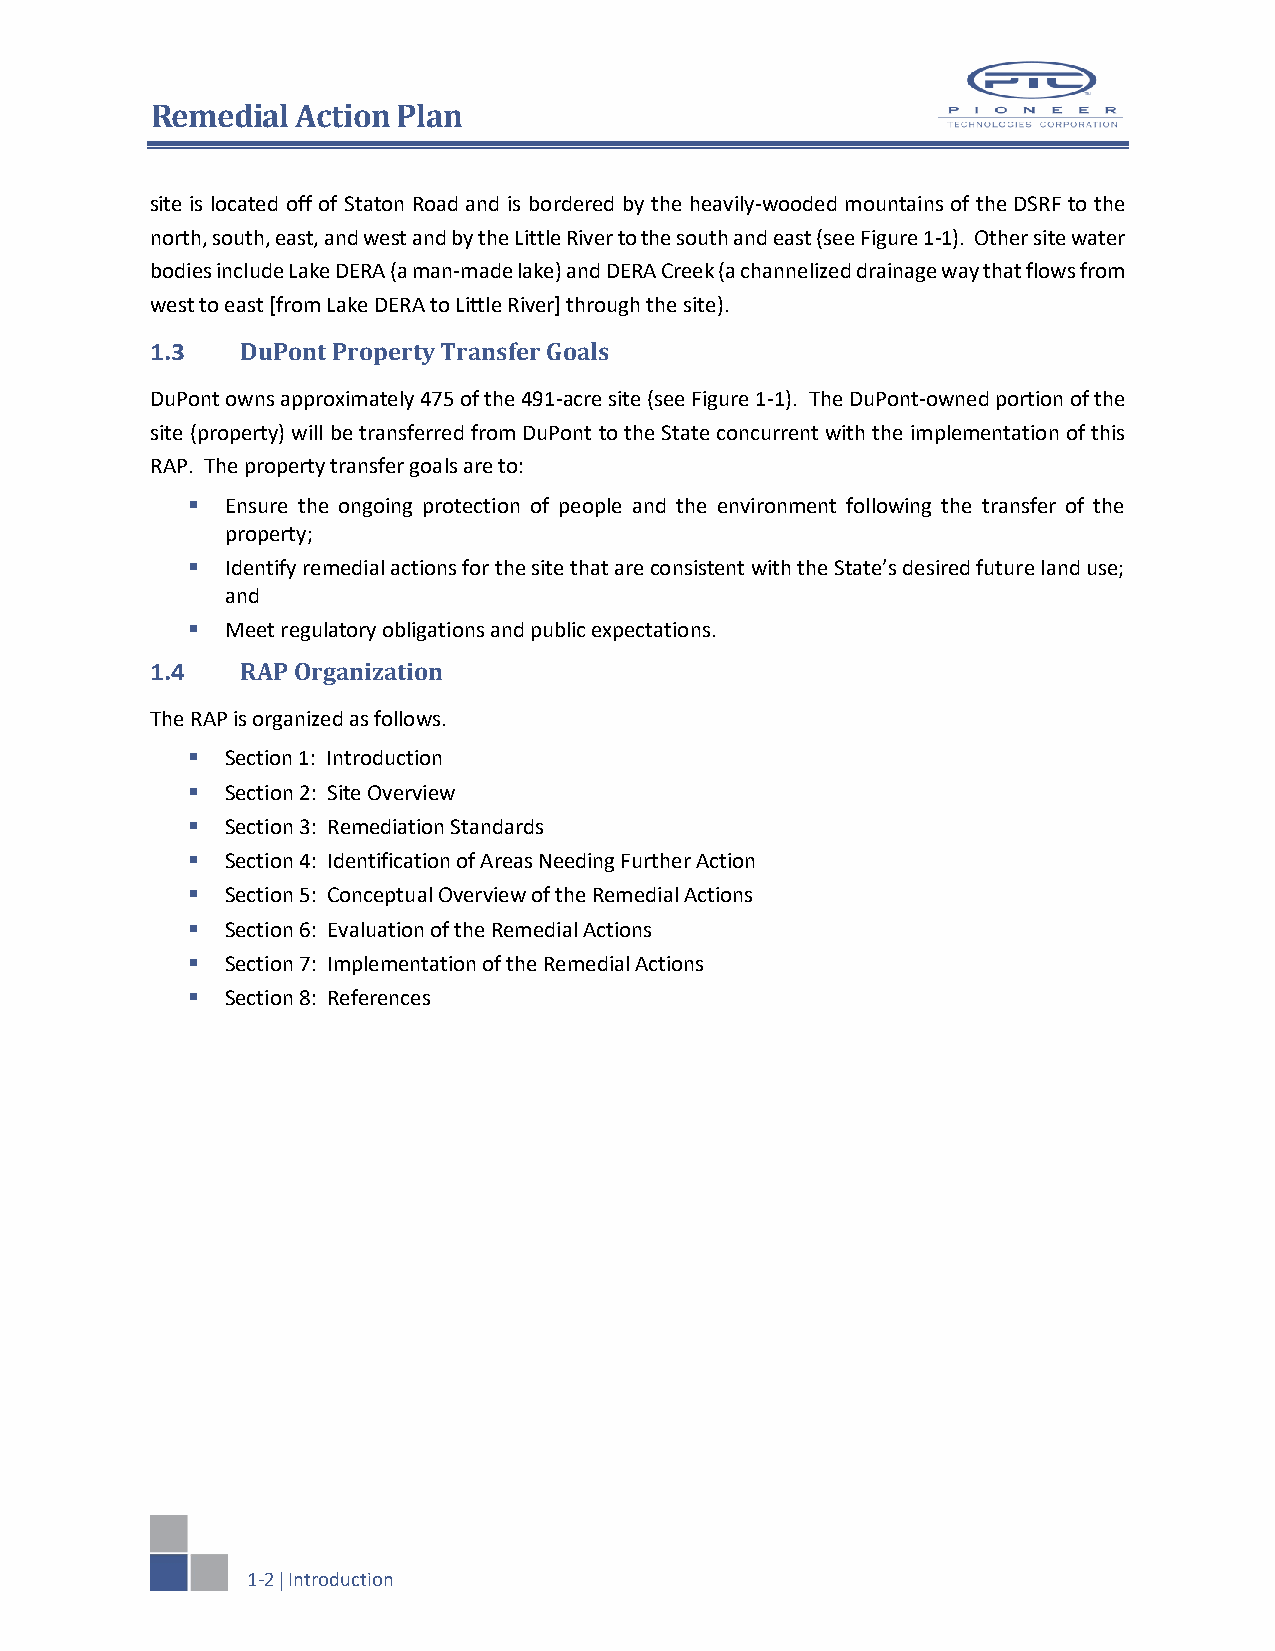
Remedial  Action Plan
 site is located off of Staton Road and is bordered by the heavily-wooded mountains of the DSRF to the
 north, south, east, and west and by the Little River to the south and east (see Figure 1-1). Other site water
 bodies include Lake DERA (a man-made lake) and DERA Creek (a channelized drainage way that flows from
 west to east [from Lake DERA to Little River] through the site).
 1.3   DuPont Property Transfer Goals
 DuPont owns approximately 475 of the 491-acre site (see Figure 1-1). The DuPont-owned portion of the
 site (property) will be transferred from DuPont to the State concurrent with the implementation of this
 RAP. The property transfer goals are to:
   Ensure the ongoing protection of people and the environment following the transfer of the
 property;
   Identify remedial actions for the site that are consistent with the State’s desired future land use;
 and
   Meet regulatory obligations and public expectations.
 1.4   RAP Organization
 The RAP is organized as follows.
   Section 1: Introduction
   Section 2: Site Overview
   Section 3: Remediation Standards
   Section 4: Identification of Areas Needing Further Action
   Section 5: Conceptual Overview of the Remedial Actions
   Section 6: Evaluation of the Remedial Actions
   Section 7: Implementation of the Remedial Actions
   Section 8: References
 1-2  Introduction